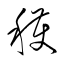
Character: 穫